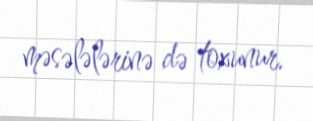
məsələlərinə də toxunur.